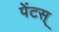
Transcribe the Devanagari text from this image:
पेंटस्